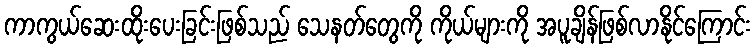
ကာကွယ်ဆေးထိုးပေးခြင်းဖြစ်သည် သေနတ်တွေကို ကိုယ်များကို အပူချိန်ဖြစ်လာနိုင်ကြောင်း